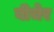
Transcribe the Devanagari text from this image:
बीचेर